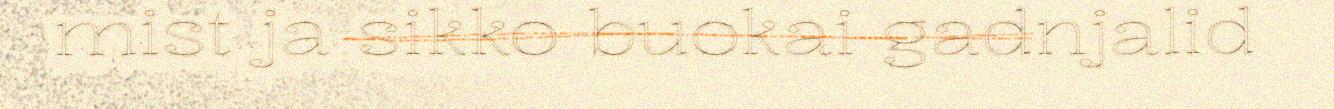
mist ja sikko buokai gadnjalid